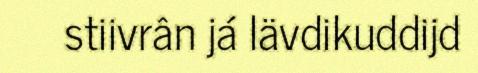
stiivrân já lävdikuddijd